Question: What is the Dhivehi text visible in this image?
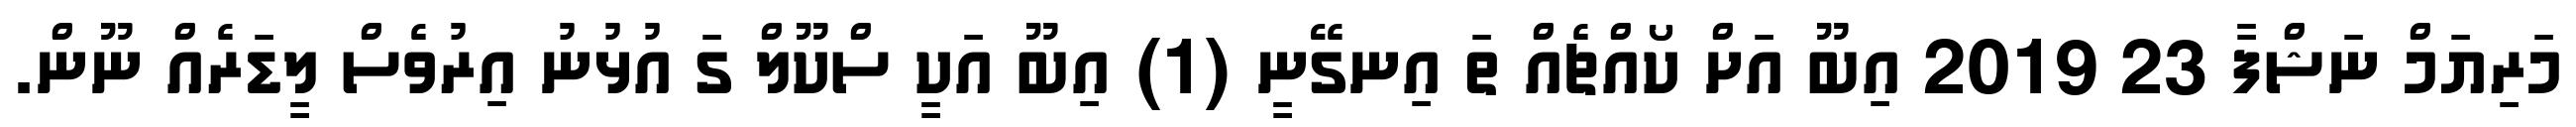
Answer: މަރިޔަމް ނަޝްފާ 23 2019 އިބޫ އަށް ކޯއްޗެއް ތަ އިނގޭނީ (1) އިބޫ އަކީ ސްކޫލް ގަ އުޅުނު އިރުވެސް ލީޑަރެއް ނޫން.